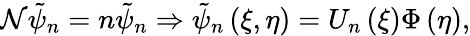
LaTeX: {\cal\mathcal{N}}\tilde{{\psi}}_{n}=n\tilde{{\psi}}_{n}\Rightarrow\tilde{{\psi}}_{n}\left(\xi,\eta\right)=U_{n}\left(\xi\right)\Phi\left(\eta\right),